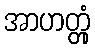
အာဟတ္တုံ